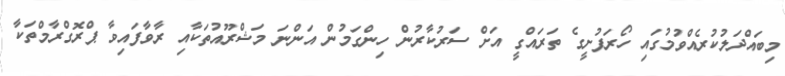
މިބައްދަލުކުރެއްވުމުގައި ހޯރަފުށީގެ ތަރައްގީ އަށް ސަރުކާރުން ހިންގަމުން އަންނަ މަޝްރޫއުތަކާއި ރާވާފައިވާ ޕްރޮގްރާމްތަކާ